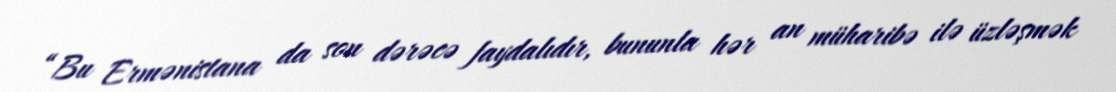
“Bu Ermənistana da son dərəcə faydalıdır, bununla hər an müharibə ilə üzləşmək